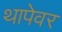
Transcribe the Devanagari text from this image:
थापेवर